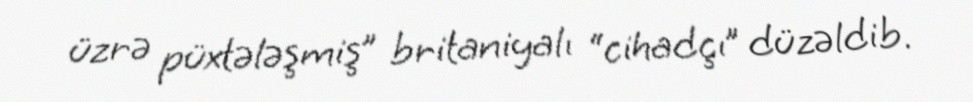
üzrə püxtələşmiş” britaniyalı “cihadçı” düzəldib.